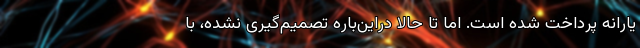
یارانه پرداخت شده است. اما تا حالا دراین‌باره تصمیم‌گیری نشده، با